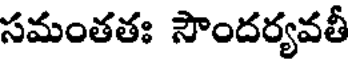
సమంతతః సౌందర్యవతీ